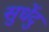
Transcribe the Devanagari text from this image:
सुधेंदु